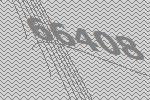
66408